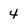
Character: 4